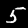
Digit: 5